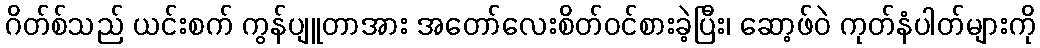
ဂိတ်စ်သည် ယင်းစက် ကွန်ပျူတာအား အတော်လေးစိတ်ဝင်စားခဲ့ပြီး၊ ဆော့ဖ်ဝဲ ကုတ်နံပါတ်များကို